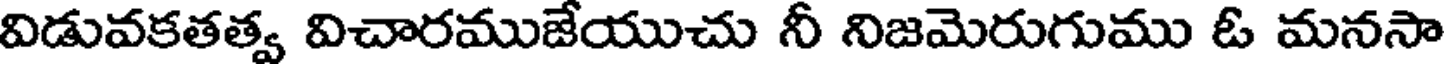
విడువకతత్వ విచారముజేయుచు నీ నిజమెరుగుము ఓ మనసా